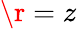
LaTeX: \r=z